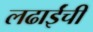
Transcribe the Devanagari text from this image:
लढाईंची